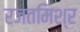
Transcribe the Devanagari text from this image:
रजतमिश्र